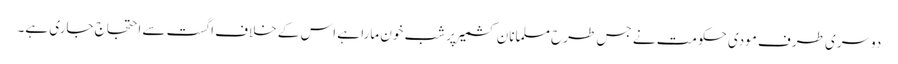
دوسری طرف مودی حکومت نے جس طرح مسلمانانِ کشمیر پر شب خون مارا ہے اس کے خلاف اگست سے احتجاج جاری ہے۔